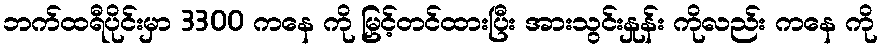
ဘက်ထရီပိုင်းမှာ 3300 ကနေ ကို မြှင့်တင်ထားပြီး အားသွင်းနှုန်း ကိုလည်း ကနေ ကို